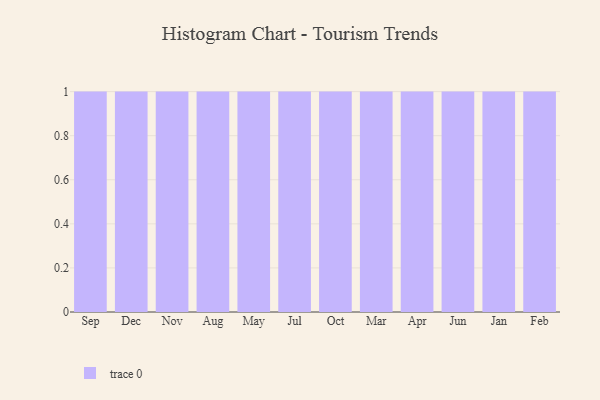
{"axis": {"x": "Month", "y": "Website Visitors"}, "legend": [""], "data": [{"x": "Sep", "y": 38, "type": ""}, {"x": "Dec", "y": 50, "type": ""}, {"x": "Nov", "y": 10, "type": ""}, {"x": "Aug", "y": 17, "type": ""}, {"x": "May", "y": 42, "type": ""}, {"x": "Jul", "y": 18, "type": ""}, {"x": "Oct", "y": 73, "type": ""}, {"x": "Mar", "y": 34, "type": ""}, {"x": "Apr", "y": 91, "type": ""}, {"x": "Jun", "y": 81, "type": ""}, {"x": "Jan", "y": 36, "type": ""}, {"x": "Feb", "y": 27, "type": ""}]}